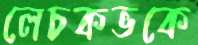
লেচকভকে